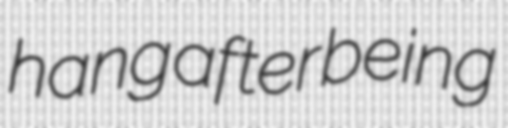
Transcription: hang after being